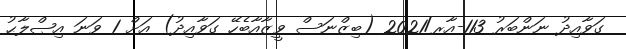
ގަވާއިދު ނަންބަރު 113-އާރ/2021 (ބިޒްނަސް ވީޒާއާބެހޭ ގަވާއިދު) އަށް 1 ވަނަ އިޞްލާޙު